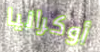
أوكرانيا